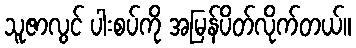
သူဇာလွင် ပါးစပ်ကို အမြန်ပိတ်လိုက်တယ်။